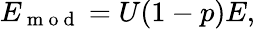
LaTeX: E_{\mathrm{~m~o~d~}}=U(1-p)E,